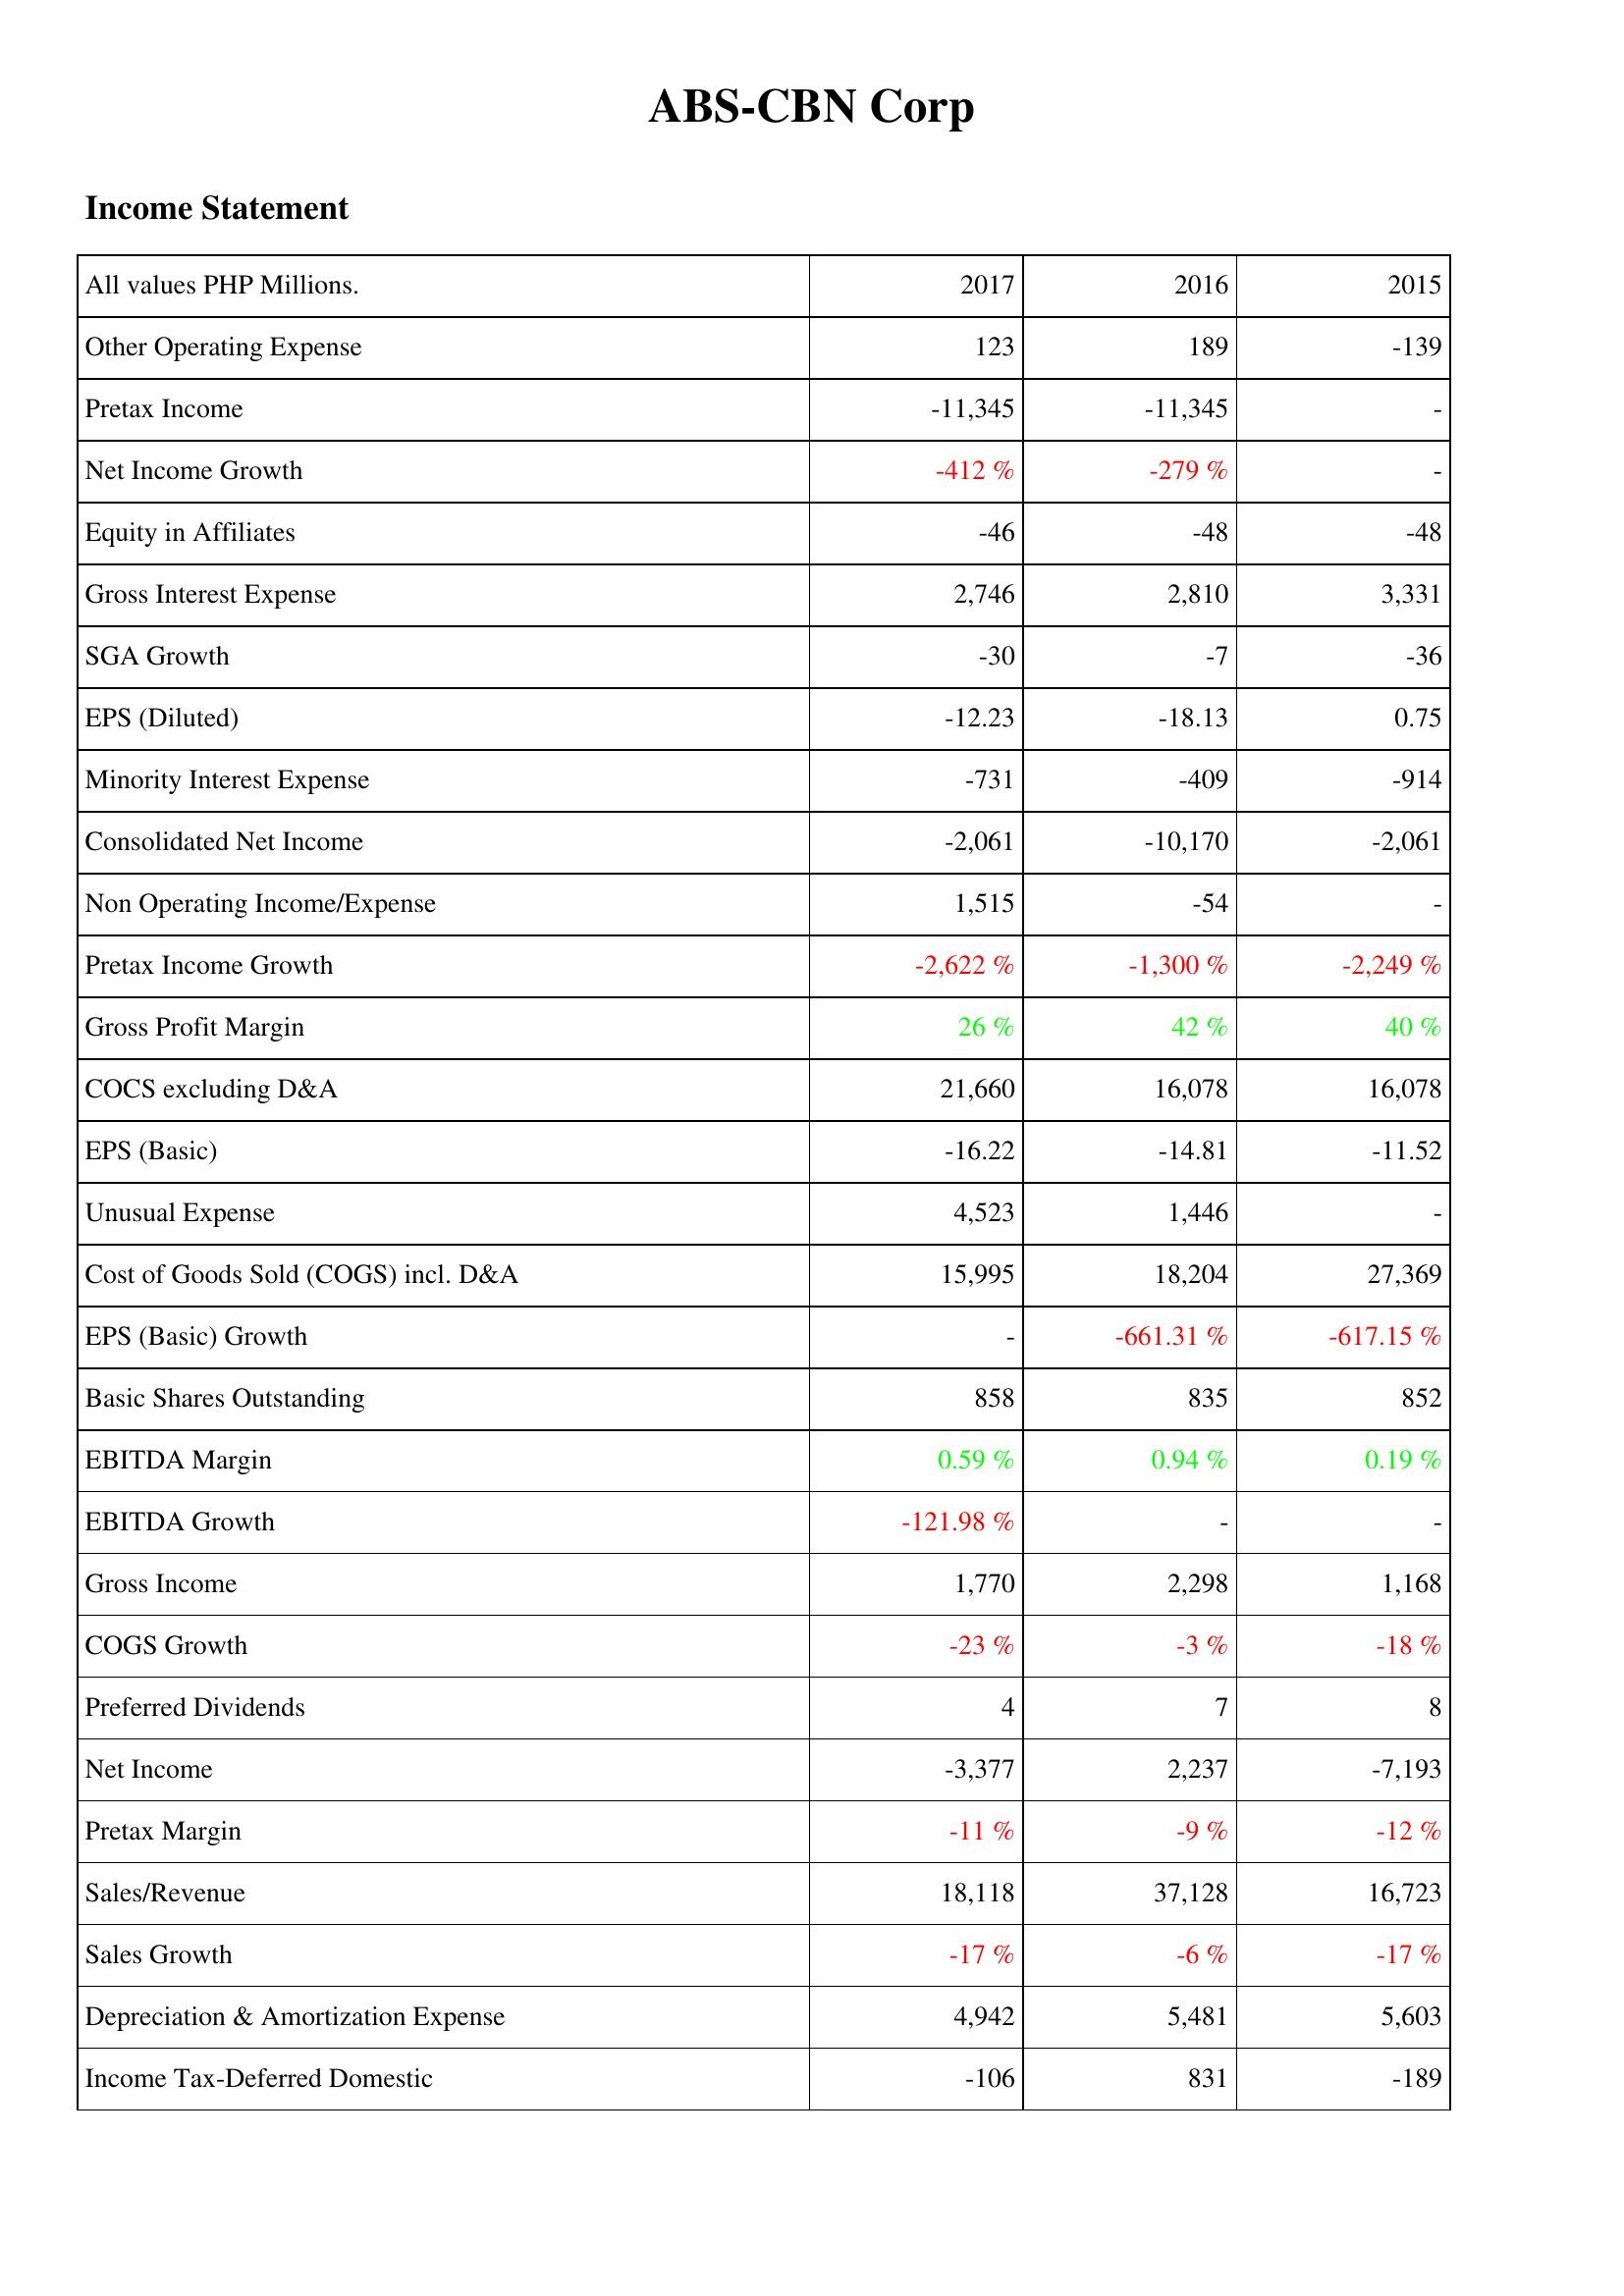
2017: Income Statement: Other Operating Expense: 123
Pretax Income: -11,345
Net Income Growth: -412 %
Equity in Affiliates: -46
Gross Interest Expense: 2,746
SGA Growth: -30
EPS (Diluted): -12.23
Minority Interest Expense: -731
Consolidated Net Income: -2,061
Non Operating Income/Expense: 1,515
Pretax Income Growth: -2,622 %
Gross Profit Margin: 26 %
COCS excluding D&A: 21,660
EPS (Basic): -16.22
Unusual Expense: 4,523
Cost of Goods Sold (COGS) incl. D&A: 15,995
EPS (Basic) Growth: -
Basic Shares Outstanding: 858
EBITDA Margin: 0.59 %
EBITDA Growth: -121.98 %
Gross Income: 1,770
COGS Growth: -23 %
Preferred Dividends: 4
Net Income: -3,377
Pretax Margin: -11 %
Sales/Revenue: 18,118
Sales Growth: -17 %
Depreciation & Amortization Expense: 4,942
Income Tax-Deferred Domestic: -106
2016: Income Statement: Other Operating Expense: 189
Pretax Income: -11,345
Net Income Growth: -279 %
Equity in Affiliates: -48
Gross Interest Expense: 2,810
SGA Growth: -7
EPS (Diluted): -18.13
Minority Interest Expense: -409
Consolidated Net Income: -10,170
Non Operating Income/Expense: -54
Pretax Income Growth: -1,300 %
Gross Profit Margin: 42 %
COCS excluding D&A: 16,078
EPS (Basic): -14.81
Unusual Expense: 1,446
Cost of Goods Sold (COGS) incl. D&A: 18,204
EPS (Basic) Growth: -661.31 %
Basic Shares Outstanding: 835
EBITDA Margin: 0.94 %
EBITDA Growth: -
Gross Income: 2,298
COGS Growth: -3 %
Preferred Dividends: 7
Net Income: 2,237
Pretax Margin: -9 %
Sales/Revenue: 37,128
Sales Growth: -6 %
Depreciation & Amortization Expense: 5,481
Income Tax-Deferred Domestic: 831
2015: Income Statement: Other Operating Expense: -139
Pretax Income: -
Net Income Growth: -
Equity in Affiliates: -48
Gross Interest Expense: 3,331
SGA Growth: -36
EPS (Diluted): 0.75
Minority Interest Expense: -914
Consolidated Net Income: -2,061
Non Operating Income/Expense: -
Pretax Income Growth: -2,249 %
Gross Profit Margin: 40 %
COCS excluding D&A: 16,078
EPS (Basic): -11.52
Unusual Expense: -
Cost of Goods Sold (COGS) incl. D&A: 27,369
EPS (Basic) Growth: -617.15 %
Basic Shares Outstanding: 852
EBITDA Margin: 0.19 %
EBITDA Growth: -
Gross Income: 1,168
COGS Growth: -18 %
Preferred Dividends: 8
Net Income: -7,193
Pretax Margin: -12 %
Sales/Revenue: 16,723
Sales Growth: -17 %
Depreciation & Amortization Expense: 5,603
Income Tax-Deferred Domestic: -189